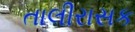
તાલીરાસક